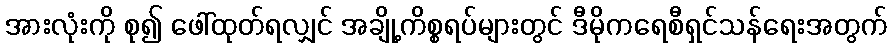
အားလုံးကို စု၍ ဖေါ်ထုတ်ရလျှင် အချို့ကိစ္စရပ်များတွင် ဒီမိုကရေစီရှင်သန်ရေးအတွက်